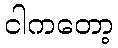
ငါကတော့